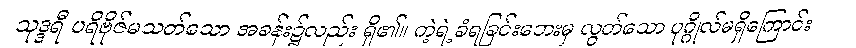
သုဒ္ဒရီ ပရိဗိုဇ်မသတ်သော အခန်း၌လည်း ရှိ၏။ ကဲ့ရဲ့ခံရခြင်းဘေးမှ လွတ်သော ပုဂ္ဂိုလ်မရှိကြောင်း